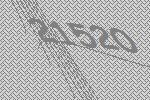
21520